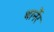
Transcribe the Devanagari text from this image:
थार्नेर